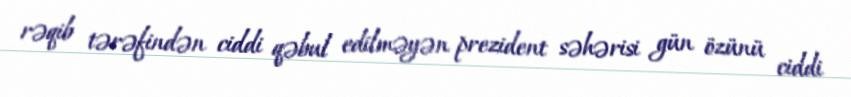
rəqib tərəfindən ciddi qəbul edilməyən prezident səhərisi gün özünü ciddi